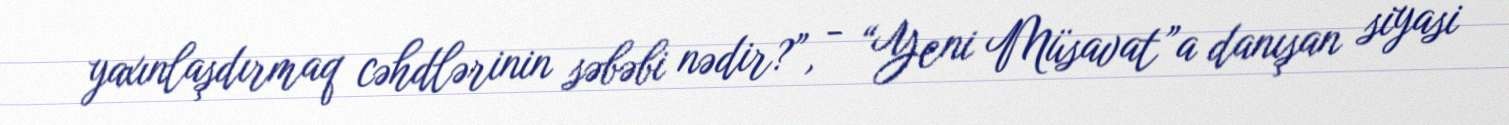
yaxınlaşdırmaq cəhdlərinin səbəbi nədir?”, - “Yeni Müsavat”a danışan siyasi